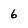
Character: 6